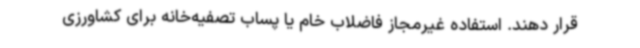
قرار دهند. استفاده غیرمجاز فاضلاب خام یا پساب تصفیه‌خانه‌ برای کشاورزی